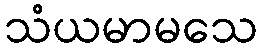
သံယမာမသေ